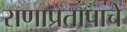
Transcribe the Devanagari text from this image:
राणाप्रतापाचे